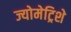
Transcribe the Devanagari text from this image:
ज्योमेट्रिशे